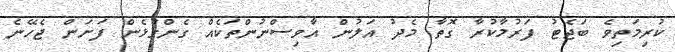
ކުރިމަތިވެ ބަޖެޓު ފަރުމާކުރާ ގޮތާ މެދު އަލުން އާވިސްނުންތަކެއް ގެންގުޅެން ފަށަން ޖެހޭނެ